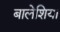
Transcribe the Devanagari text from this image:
बालेशिया